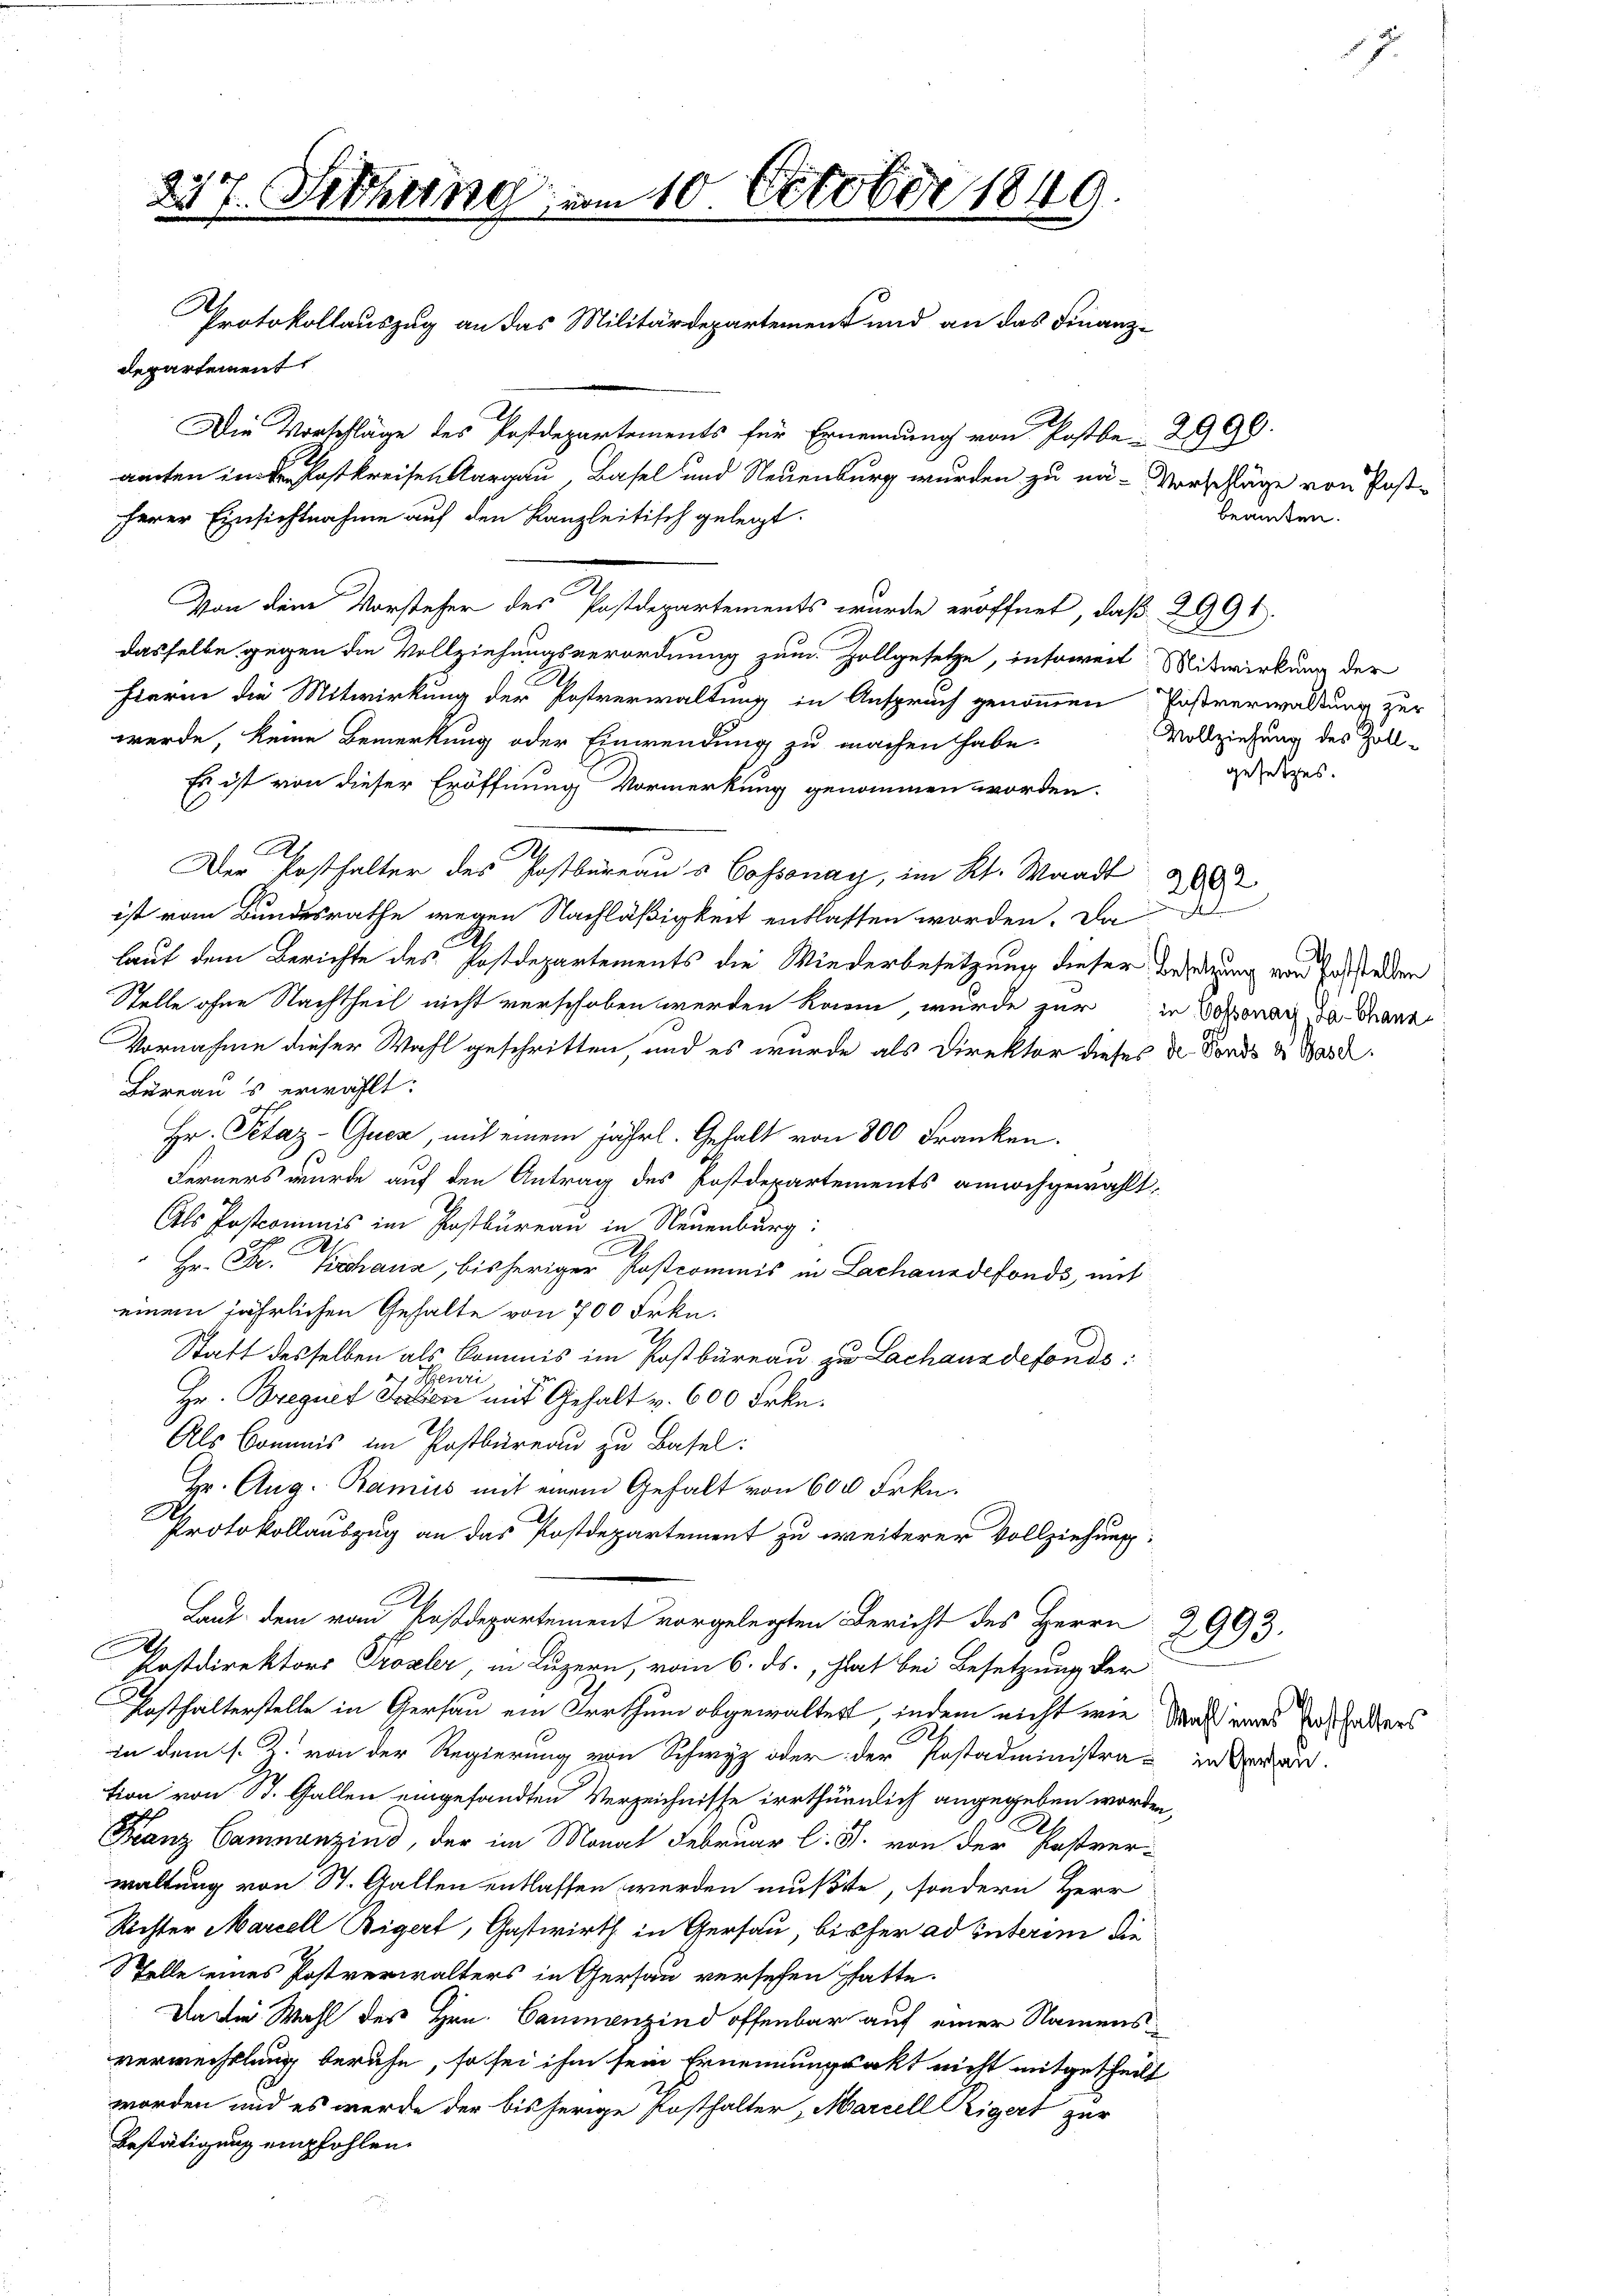
237. Setzung am 10. October 1849.
Protokollauszug an das Militärdepartement und an das Finanz-
departement
Die Vorschläge des Postdepartements für Ernennung von Postbe- 2999.
amchen in der Postkreisen Aargau, Basel und Neuenburg wurden zu nä-Vorschläge von Post-

erer Einsichtnahme auf den Kanzleitisch gelegt.
Von dem Vorsteher des Postdepartements wurde eröffnet, daß 2991.
dasselbe gegen die Vollziehungsverordnung zum Zollgesetze, insoweit Mitwirkung der
hierin die Mitwirkung der Postverwaltung in Anspruch genommen Postverwaltung zur
werde, keine Bemerkung oder Einwendung zu machen habe,
Es ist von dieser Eröffnung Vormerkung genommen worden.
Der Posthalter des Postbureaus Cossonay, im Kt. Waadt 200
ist vom Bundesrathe wegen Nachläßigkeit entlasten worden. Da
lauf dem Berichte des Postdepartements die Wiederbesetzung dieser Besetzung von Entstellen
Stelle ohne Nachtheil nicht verschoben werden kann, wurde zur in Sokovar da dann
Vornahme dieser Wahl geschritten, und es wurde als Direktor dieses der Fonds u Gard
Lureaus erwählt:
Hr. Petaz-Quen, mit einem jährl. Gehalt von 800 Franken.
Ferners wurde auf den Antrag des Postdepartements annoch gewählt:
Als Postcommis im Postbureau in Neuenburg:
Hr. Fr. Kochana, bisheriger Postcommis in Lachanndefonds, mit
einem jährlichen Gehalte von 700 Frkn.
Statt desselben als Kommis im Postbüreau zu Lachanzdefonds
 Henri
Hr. Bregnet Fation mit Gehalt v. 600 Frkn.
Als Commis im Postbureau zu Basel:
Hr. Aug. Bamiis mit einem Gehalt von 600 Frkn.
Protokollauszug an das Postdepartement zu weiterer Vollziehung:
Laut dem rau Kostdepartement vorgelegten Bericht des Herrn 2993.
Postdirektors Prosler, in Luzern, vom 6. ds., hat bei Besetzung der
Aesthalterstelle in Gersau ein Irrthum obgewaltert, indem nicht wie Nach eines Enthalters
in dem s. Z. von der Regierung von Schwyz oder der Postadministra- in deren.
tion von St. Gallen eingesandten Verzeichnisse irrthürmlich angegeben worden,
R.
Franz Caminanzins, der im Monat Februar l. J. von der Postver-
waltung von St. Gallen entlassen werden mußte, sondern Herr
Röchter Marcell Bigert, Gastwirth in Gersau, bisher ad interin die
Stelle eines Postverwalters in Gersau versehen hatte.
Da die Wahl des Hrn. Cammenzind offenbar auf einer Namens
verwechslung beruhe, so sei ihm sein Ernennungsakt nicht mitgetheilt
worden und es werde der bisherige Posthalter, Marcell Rigert zur
Bestätigung empfohlen.

R.

beamten.

Vollziehung des Zoll-
gesetzes.

u

J.